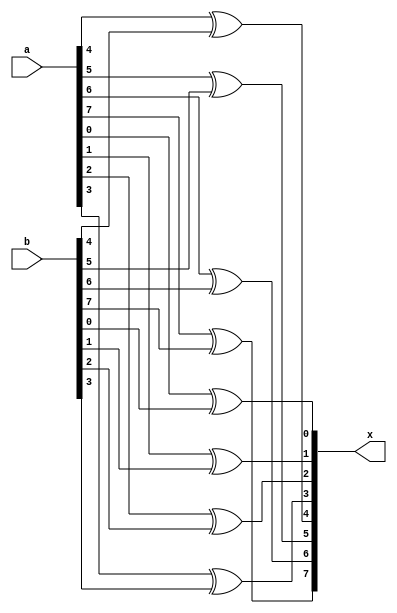
module check(x,a,b);
input[7:0]a,b;
output[7:0]x;
//output[2:0]ans;

 xor x0(x[0],a[0],b[0]);
 xor x1(x[1],a[1],b[1]);
 xor x2(x[2],a[2],b[2]);
 xor x3(x[3],a[3],b[3]);
 xor x4(x[4],a[4],b[4]);
 xor x5(x[5],a[5],b[5]);
 xor x6(x[6],a[6],b[6]);
 xor x7(x[7],a[7],b[7]);
 //assign ans = x[7] + x[6] + x[5] + x[4] + x[3] + x[2] + x[1] + x[0];
endmodule